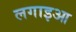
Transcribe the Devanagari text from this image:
लगाइआ